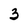
Character: 3